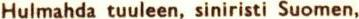
Hulmahda tuuleen, siniristi Suomen,